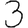
Digit: 3